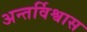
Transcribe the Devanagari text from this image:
अन्तर्विश्वास